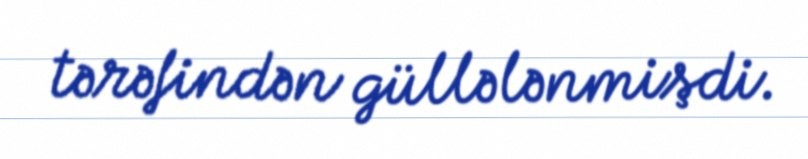
tərəfindən güllələnmişdi.